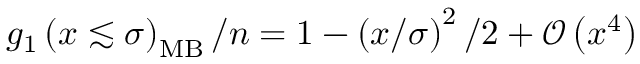
g _ { 1 } \left( x \lesssim \sigma \right) _ { \mathrm { M B } } / n = 1 - \left( x / \sigma \right) ^ { 2 } / 2 + \mathcal { O } \left( x ^ { 4 } \right)